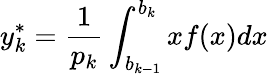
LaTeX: y_{k}^{*}={\frac{1}{p_{k}}}\int_{b_{k-1}}^{b_{k}}xf(x)dx